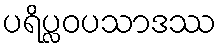
ပရိပ္လဝပသာဒဿ